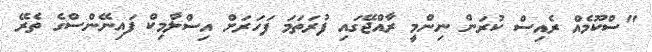
"ސްކޫމެއް ރެއިސް ކުރަން ނިންމީ ރާއްޖޭގައި ފުރަތަމަ ފަހަރަށް އިސްލާމިކް ފައިނޭންސްގެ ތެރޭ